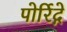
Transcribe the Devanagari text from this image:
पोर्रिद्गे